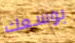
بوسعك